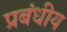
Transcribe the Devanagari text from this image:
प्रबंधीय